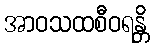
အာဝသထစီဝရန္တိ